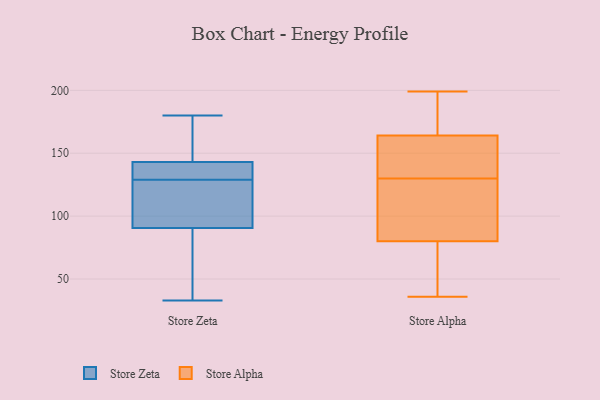
{"axis": {"x": "Bounce Rate (%)", "y": "Value"}, "legend": ["Store Alpha", "Store Zeta"], "data": [{"x": "", "y": 129, "type": "Store Zeta"}, {"x": "", "y": 143, "type": "Store Zeta"}, {"x": "", "y": 141, "type": "Store Zeta"}, {"x": "", "y": 38, "type": "Store Zeta"}, {"x": "", "y": 143, "type": "Store Zeta"}, {"x": "", "y": 108, "type": "Store Zeta"}, {"x": "", "y": 83, "type": "Store Zeta"}, {"x": "", "y": 180, "type": "Store Zeta"}, {"x": "", "y": 93, "type": "Store Zeta"}, {"x": "", "y": 96, "type": "Store Zeta"}, {"x": "", "y": 33, "type": "Store Zeta"}, {"x": "", "y": 167, "type": "Store Zeta"}, {"x": "", "y": 141, "type": "Store Zeta"}, {"x": "", "y": 133, "type": "Store Alpha"}, {"x": "", "y": 187, "type": "Store Alpha"}, {"x": "", "y": 171, "type": "Store Alpha"}, {"x": "", "y": 53, "type": "Store Alpha"}, {"x": "", "y": 131, "type": "Store Alpha"}, {"x": "", "y": 36, "type": "Store Alpha"}, {"x": "", "y": 129, "type": "Store Alpha"}, {"x": "", "y": 190, "type": "Store Alpha"}, {"x": "", "y": 199, "type": "Store Alpha"}, {"x": "", "y": 196, "type": "Store Alpha"}, {"x": "", "y": 98, "type": "Store Alpha"}, {"x": "", "y": 157, "type": "Store Alpha"}, {"x": "", "y": 58, "type": "Store Alpha"}, {"x": "", "y": 123, "type": "Store Alpha"}, {"x": "", "y": 105, "type": "Store Alpha"}, {"x": "", "y": 147, "type": "Store Alpha"}, {"x": "", "y": 118, "type": "Store Alpha"}, {"x": "", "y": 152, "type": "Store Alpha"}, {"x": "", "y": 37, "type": "Store Alpha"}, {"x": "", "y": 62, "type": "Store Alpha"}]}